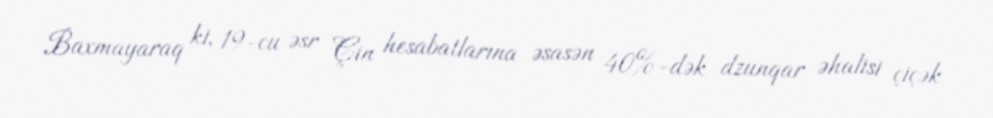
Baxmayaraq ki, 19-cu əsr Çin hesabatlarına əsasən 40%-dək dzunqar əhalisi çiçək